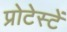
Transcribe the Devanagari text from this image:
प्रोटेस्टें